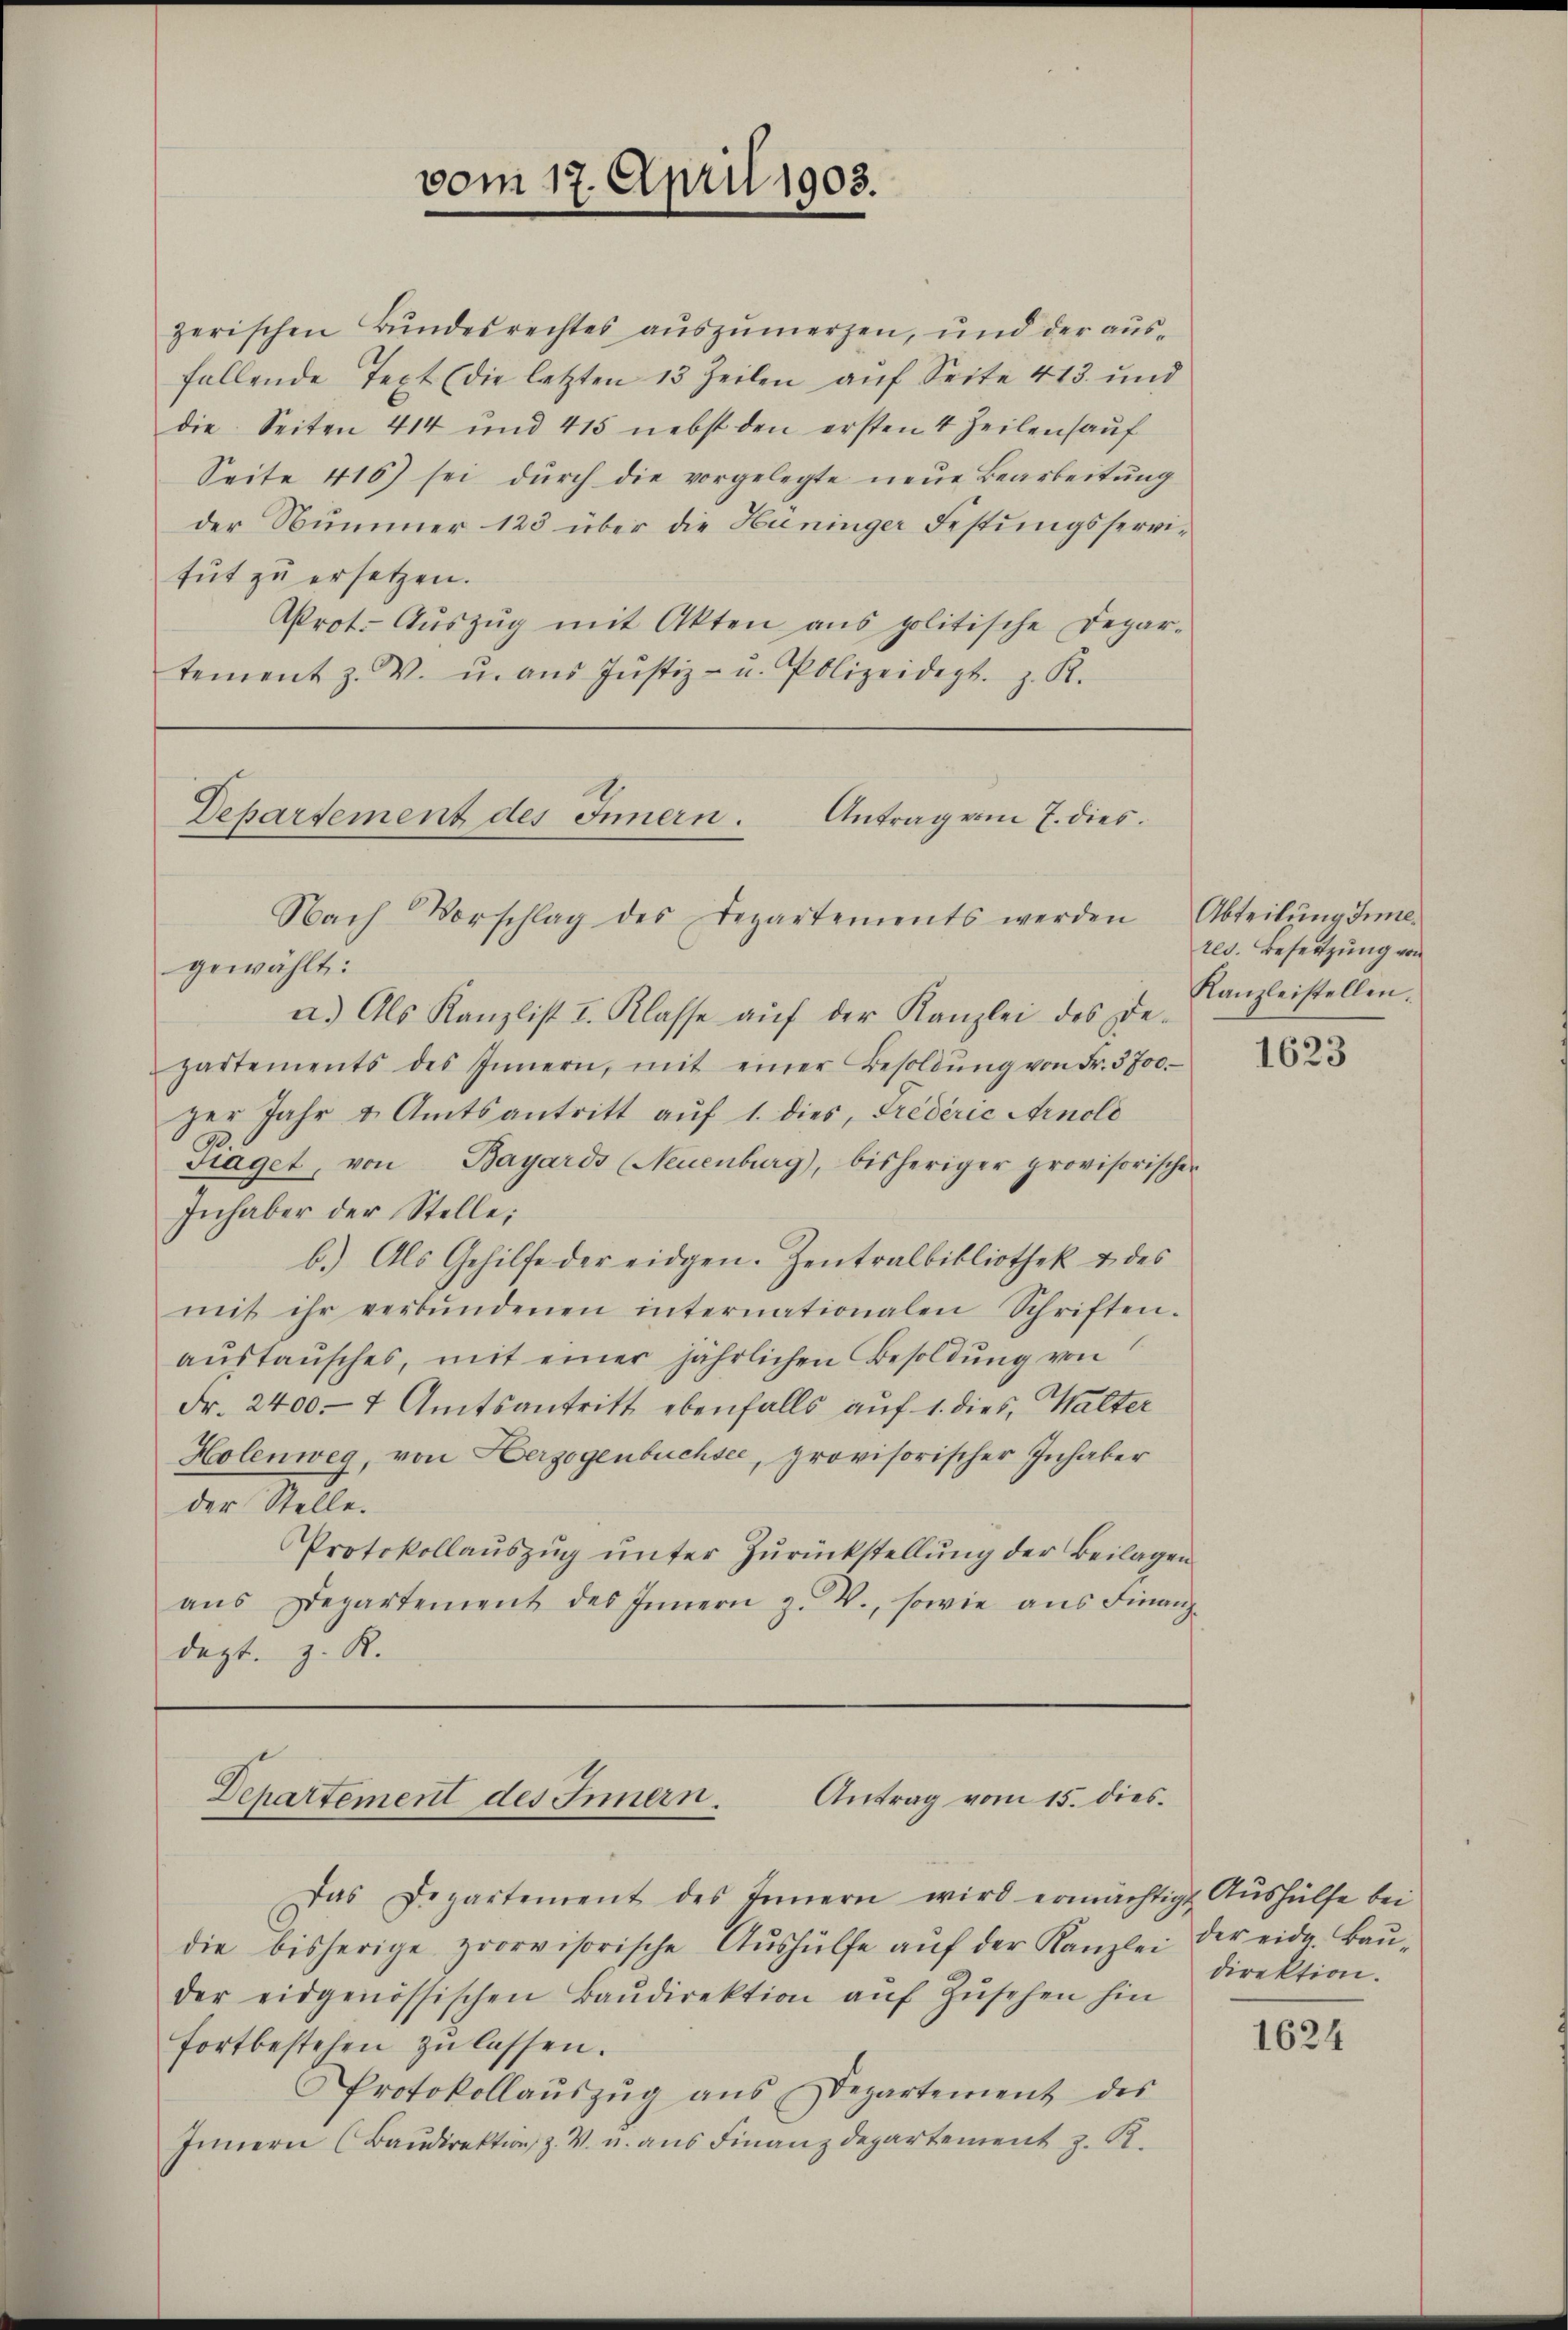
vom 17. April 1903.

zerischen Bundesrechtes auszumerzen, und der ausfallende Text (die letzten 13 Zeilen aŭf Seite 413. und
die Seiten 414 und 415 nebst den ersten 4 Zeilenhauf
Seite 416) sei dŭrch die vorgelegte neŭe Bearbeitŭng
der Nummer 123 über die Huninger Festungsservitut zu ersetzen.
Aprot. Aŭszŭg mit Akten ans politische Depar-
tement z. V. u. aŭs Jŭstiz- u. Polizeidept. z. R.

Departement des Innern. Antrag vom 7. dies

Nach Vorschlag des Departements werden Abteilŭng inne.
gewählt:
a.) Als Kanzlist I. Klasse aŭf der Kanzlei des De-
partements des Innern, mit einer Besoldŭng von Fr. 3700.-
zer Jahr u. Amtsantritt auf 1. dies, Fredérić Arnold
Fraget, von Bayards (Neuenburg), bisheriger provisorischen
Inhaber der Stelle:
b.) Als Gehilfe der eidgen. Zentralbibliothek u. des
mit ihr verbŭndenen internationalen Schriften-
austausches, mit einer jährlichen Besoldung von
Fr. 2400. 4 Amtsantritt ebenfalls auf 1. dies, Walter
Holenweg, von Herzogenbuchsee, provisorischer Inhaber
der Stelle.
Protokollaŭszŭg ŭnter Zŭrückstellŭng der Beilagen
aŭs Departement des Innern z. W., sowie ans Finanz-
dezt. z. R.

Antrag vom 15. dies
Departement des Innern.

Das Departement des Innern wird ermächtigt Aŭshülfe bei
die bisherige provisorische Aŭshülfe aŭf der Kanzlei
der eidgenössischen Baŭdirektion aŭf Zŭsehen hin
fortbestehen zu lassen.
Protokollaŭszŭg ans Departement des
Innern (Baŭdirektion z. V. u. aus Finanzdepartement z. B.

res. Beseitzung von
Kanzleistellen.

1623

der eidg. Baudirektion.

1624